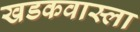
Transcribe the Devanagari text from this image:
खडकवास्ला